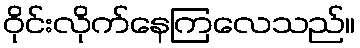
ဝိုင်းလိုက်နေကြလေသည်။